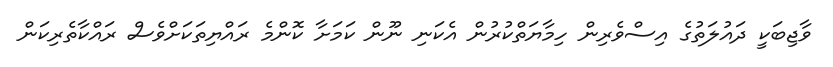
ވާޖިބަކީ ދައުލަތުގެ އިސްވެރިން ހިމާޔަތްކުރުން އެކަނި ނޫން ކަމަށާ ކޮންމެ ރައްޔިތަކަށްވެސް ރައްކާތެރިކަން